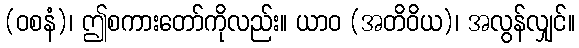
(ဝစနံ)၊ ဤစကားတော်ကိုလည်း။ ယာဝ (အတိဝိယ)၊ အလွန်လျှင်။